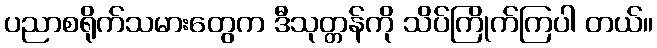
ပညာစရိုက်သမားတွေက ဒီသုတ္တန်ကို သိပ်ကြိုက်ကြပါ တယ်။